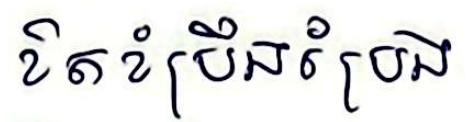
ខិតខំប្រឹងប្រែង